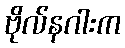
ဗိုလ်နဂါးက